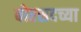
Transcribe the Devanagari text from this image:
बोरसदच्या